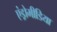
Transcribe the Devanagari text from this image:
एंड्रोमीडिया